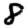
Digit: 8